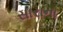
સારાના